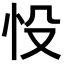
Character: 𢗎